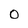
Character: 0